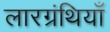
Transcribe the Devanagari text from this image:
लारग्रंथियाँ